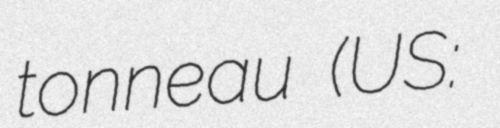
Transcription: tonneau (US: